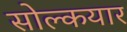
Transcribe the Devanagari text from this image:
सोल्कयार